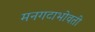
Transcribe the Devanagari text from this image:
मनगटाभोवती